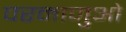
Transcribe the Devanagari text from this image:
परमाणुओ